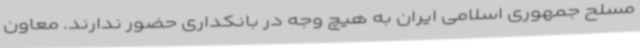
مسلح جمهوری اسلامی ایران به هیچ وجه در بانکداری حضور ندارند. معاون